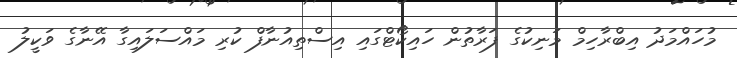
މުހައްމަދު އިބްރާހިމް މަނިކުގެ ފަރާތުން ހައިކޯޓްގައި އިސްތިއުނާފް ކުރި މައްސަލައިގާ އޭނާގެ ވަކީލު